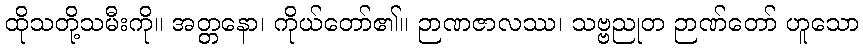
ထိုသတို့သမီးကို။ အတ္တနော၊ ကိုယ်တော်၏။ ဉာဏဇာလဿ၊ သဗ္ဗညုတ ဉာဏ်တော် ဟူသော